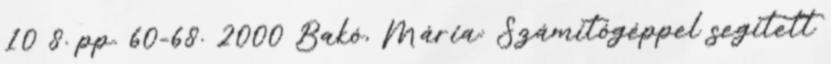
10 8. pp. 60-68. 2000 Bakó, Mária: Számítógéppel segített